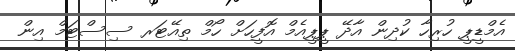
އެމްޑީޕީ ހުރިހާ ކުދިން އާދޭ ޕީޕީއެމް އޮފީހަށް ހޯމް ތިއޭޓަރ ސިސްޓަމް އިން